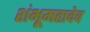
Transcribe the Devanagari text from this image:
शंभूमहादेव